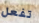
تفعل